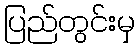
ပြည်တွင်းမှ